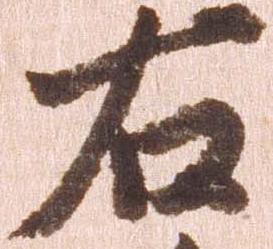
右